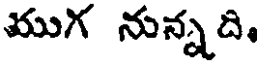
ముగ నున్నది,